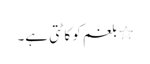
٭ بلغم کو کاٹتی ہے۔